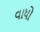
વાધો